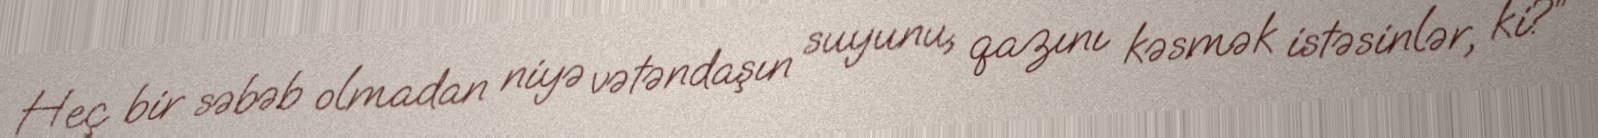
Heç bir səbəb olmadan niyə vətəndaşın suyunu, qazını kəsmək istəsinlər, ki?”